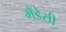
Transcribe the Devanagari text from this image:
मँडेसी